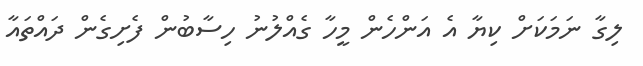
ލިގާ ނަމަކަށް ކިޔާ އެ އަންހެން މީހާ ގެއްލުނު ހިސާބުން ފެށިގެން ދައްތައާ